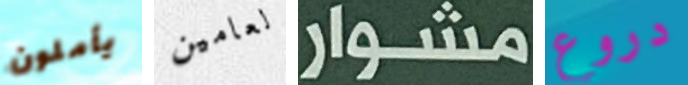
يأملون لعامين مشوار دروع